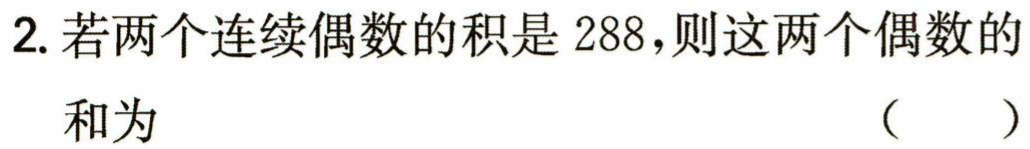
2. 若两个连续偶数的积是 288，则这两个偶数的
和为 （  ）